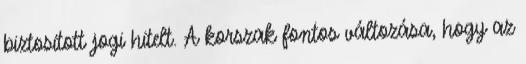
biztosított jogi hitelt. A korszak fontos változása, hogy az